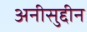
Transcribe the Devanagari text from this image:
अनीसुद्दीन